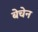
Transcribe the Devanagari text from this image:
बेचेन